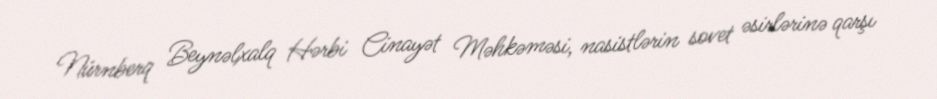
Nürnberq Beynəlxalq Hərbi Cinayət Məhkəməsi, nasistlərin sovet əsirlərinə qarşı